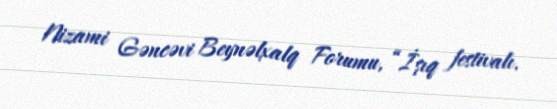
Nizami Gəncəvi Beynəlxalq Forumu, “İşıq festivalı.